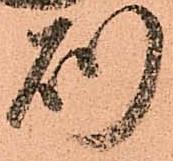
則